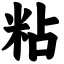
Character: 粘